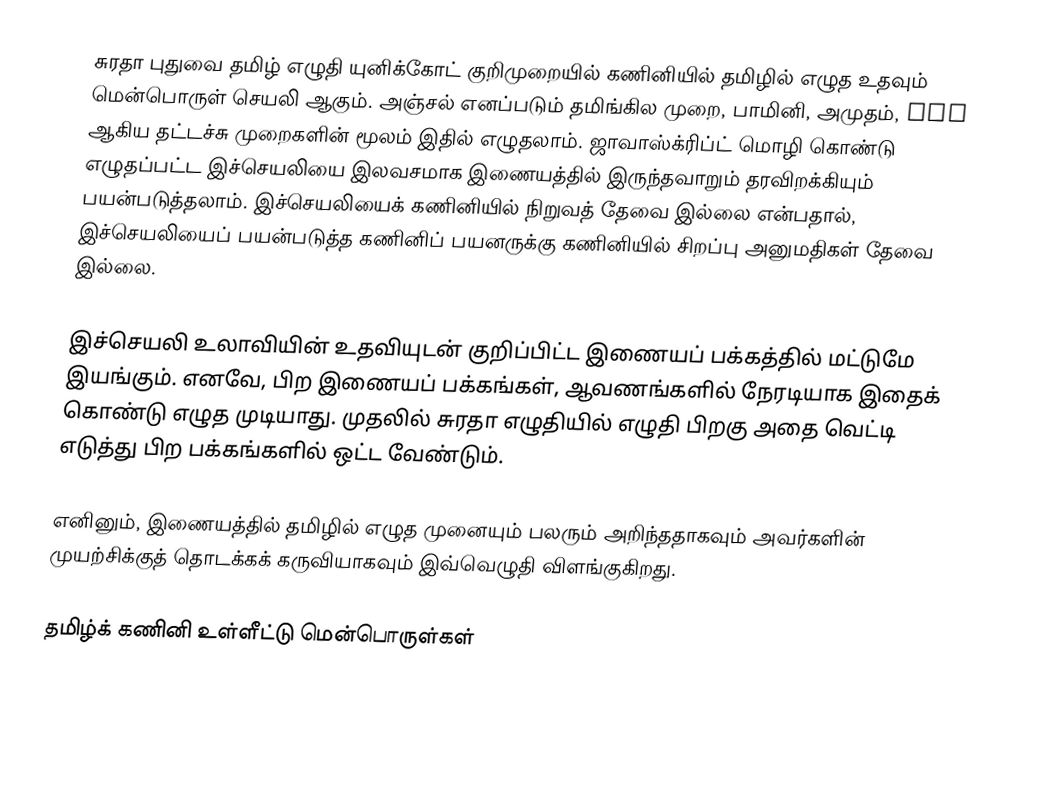
சுரதா புதுவை தமிழ் எழுதி யுனிக்கோட் குறிமுறையில் கணினியில் தமிழில் எழுத உதவும் மென்பொருள் செயலி ஆகும். அஞ்சல் எனப்படும் தமிங்கில முறை, பாமினி, அமுதம், Tam ஆகிய தட்டச்சு முறைகளின் மூலம் இதில் எழுதலாம். ஜாவாஸ்க்ரிப்ட் மொழி கொண்டு எழுதப்பட்ட இச்செயலியை இலவசமாக இணையத்தில் இருந்தவாறும் தரவிறக்கியும் பயன்படுத்தலாம். இச்செயலியைக் கணினியில் நிறுவத் தேவை இல்லை என்பதால், இச்செயலியைப் பயன்படுத்த கணினிப் பயனருக்கு கணினியில் சிறப்பு அனுமதிகள் தேவை இல்லை.

இச்செயலி உலாவியின் உதவியுடன் குறிப்பிட்ட இணையப் பக்கத்தில் மட்டுமே இயங்கும். எனவே, பிற இணையப் பக்கங்கள், ஆவணங்களில் நேரடியாக இதைக் கொண்டு எழுத முடியாது. முதலில் சுரதா எழுதியில் எழுதி பிறகு அதை வெட்டி எடுத்து பிற பக்கங்களில் ஒட்ட வேண்டும்.

எனினும், இணையத்தில் தமிழில் எழுத முனையும் பலரும் அறிந்ததாகவும் அவர்களின் முயற்சிக்குத் தொடக்கக் கருவியாகவும் இவ்வெழுதி விளங்குகிறது.

தமிழ்க் கணினி உள்ளீட்டு மென்பொருள்கள்